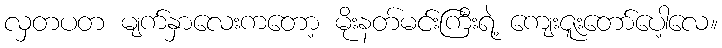
လှတပတ မျက်နှာလေးကတော့ မိုးနတ်မင်းကြီးရဲ့ ကျေးဇူးတော်ပေါ့လေ။